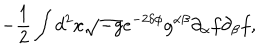
- \frac { 1 } { 2 } \int d ^ { 2 } x \sqrt { - g } e ^ { - 2 \delta \phi } g ^ { \alpha \beta } \partial _ { \alpha } f \partial _ { \beta } f ,